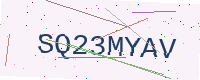
Text: SQ23MYAV